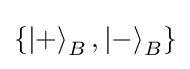
\{\left|+\right\rangle _{B},\left|-\right\rangle _{B}\}